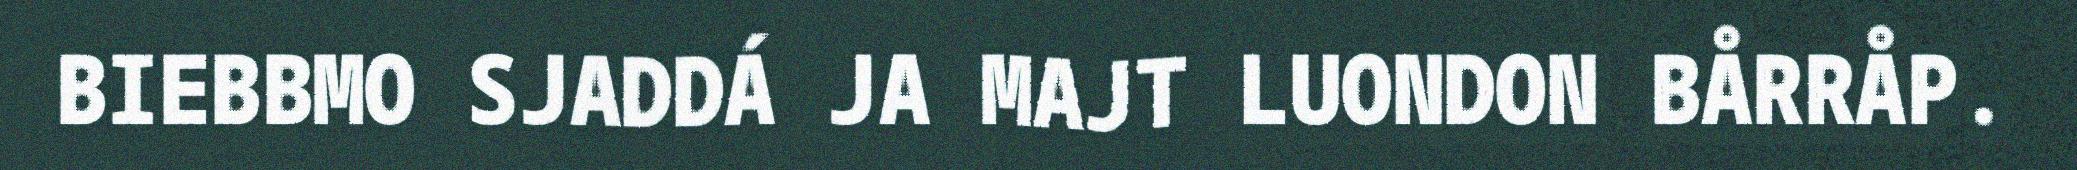
BIEBBMO SJADDÁ JA MAJT LUONDON BÅRRÅP.